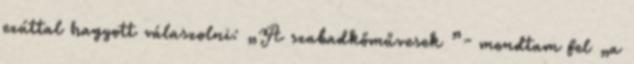
ezúttal hagyott vá­­la­szol­ni: „A szabadkőművesek ”- mondtam fel „a